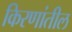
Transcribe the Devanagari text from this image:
किरणांतील